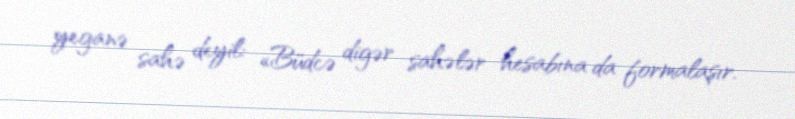
yeganə sahə deyil: «Büdcə digər sahələr hesabına da formalaşır.